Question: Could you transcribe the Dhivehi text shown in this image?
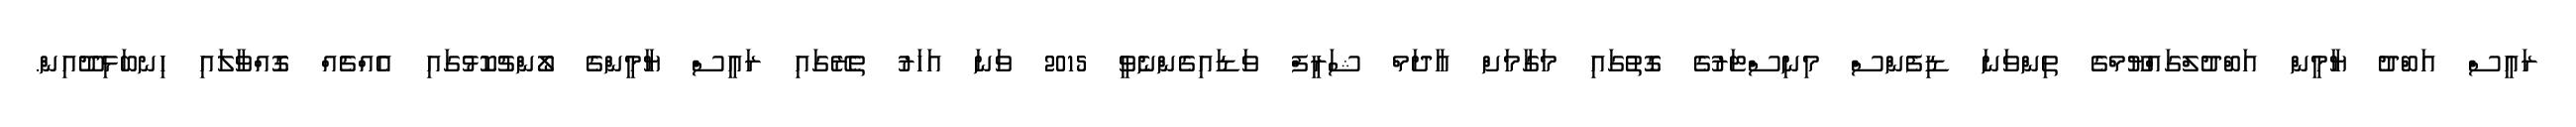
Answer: ރައީސް އަބްދު ޔާމީން އަބްދުލްގައްޔޫމްގެ ތިންވަނަ ޑިފެންސް މިނިސްޓަރުގެ ގޮތުގައި މަގާމަށް އާދަމް ޝަރީފް ވަޑައިގެންނެވީ 2015 ވަނަ އަހަރު ތެރޭގައި ރައީސް ޔާމީންގެ ލޯންޗުކޮޅުގައި އެއްޗެއް ގޮއްވާލައި ހިނބަޅިދޫއިން.